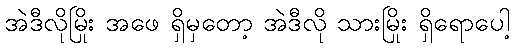
အဲဒီလိုမြိုး အဖေ ရှိမှတော့ အဲဒီလို သားမြိုး ရှိရောပေါ့